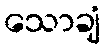
သောချံ